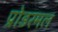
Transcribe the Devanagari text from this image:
प्रोडरमल